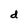
Character: d